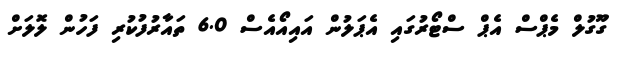
ގޫގުލް މެޕްސް އެޕް ސްޓޯރުގައި އެޕަލުން އައިއޯއެސް 6.0 ތައާރުފުކުރި ފަހުން ލޮލަށް